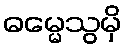
ဓမ္မေသွမှိ